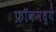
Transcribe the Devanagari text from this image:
फ्रॉकमध्ये